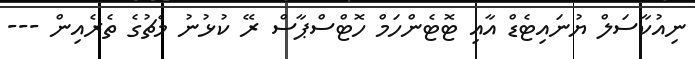
ނިއުކާސަލް ޔުނައިޓެޑް އާއި ޓޮޓެންހަމް ހޮޓްސްޕާސް ރޭ ކުޅުނު މެޗުގެ ތެރެއިން ---